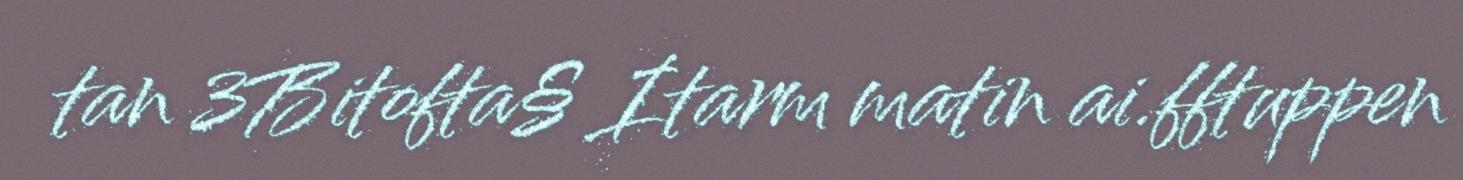
tan 3Bitofta§ Itarm matin ai.fftuppen